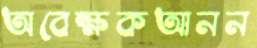
অবেক্ষকআনন